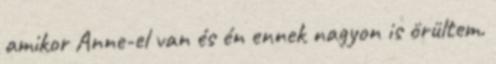
amikor Anne-el van és én ennek nagyon is örültem.